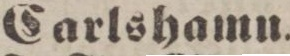
Carlshamn.